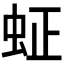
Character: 𬟿